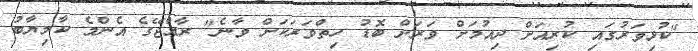
"ކުޅިވަރުގައި ކުރިއަށް ދިއުމަށް ވަރަށް ބޮޑު ހިތްވަރަކަށް ވާނެ" ރާއްޖޭގެ އެންމެ ކާމިޔާބު